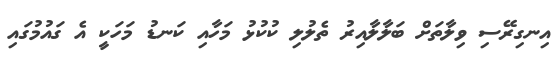
އިނގިރޭސި ވިލާތަށް ބަލާލާއިރު ތެލުލި ކުކުޅު މަހާއި ކަނޑު މަހަކީ އެ ގައުމުގައި